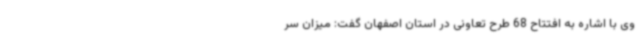
وی با اشاره به افتتاح 68 طرح تعاونی در استان اصفهان گفت: میزان سر